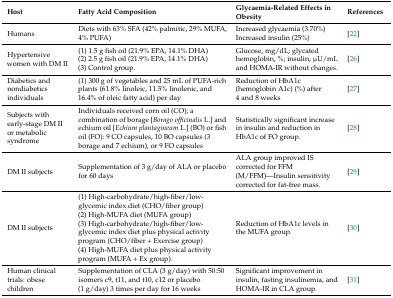
<table><thead><tr><td><b>Host</b></td><td><b>Fatty Acid Composition</b></td><td><b>Glycaemia-Related Effects in Obesity</b></td><td><b>References</b></td></tr></thead><tbody><tr><td>Humans</td><td>Diets with 63% SFA (42% palmitic, 29% MUFA, 4% PUFA)</td><td>Increased glycaemia (3.70%)Increased insulin (25%)</td><td>[22]</td></tr><tr><td>Hypertensive women with DM II</td><td>(1) 1.5 g fish oil (21.9% EPA, 14.1% DHA)(2) 2.5 g fish oil (21.9% EPA, 14.1% DHA)(3) Control group.</td><td>Glucose, mg/dL; glycated hemoglobin, %; insulin, μU/mL and HOMA-IR without changes.</td><td>[26]</td></tr><tr><td>Diabetics and nondiabetics individuals</td><td>(1) 300 g of vegetables and 25 mL of PUFA-rich plants (61.8% linoleic, 11.5% linolenic, and 16.4% of oleic fatty acid) per day</td><td>Reduction of HbA1c (hemoglobin A1c) (%) after 4 and 8 weeks</td><td>[27]</td></tr><tr><td>Subjects with early-stage DM II or metabolic syndrome</td><td>Individuals received corn oil (CO); a combination of borage [<i>Borago officinalis</i> L.] and echium oil [<i>Echium plantagineum</i> L.] (BO) or fish oil (FO): 9 CO capsules, 10 BO capsules (3 borage and 7 echium), or 9 FO capsules</td><td>Statistically significant increase in insulin and reduction in HbA1c of FO group.</td><td>[28]</td></tr><tr><td>DM II subjects</td><td>Supplementation of 3 g/day of ALA or placebo for 60 days</td><td>ALA group improved IS corrected for FFM (M/FFM)—Insulin sensitivity corrected for fat-free mass.</td><td>[29]</td></tr><tr><td>DM II subjects</td><td>(1) High-carbohydrate/high-fiber/low-glycemic index diet (CHO/fiber group) (2) High-MUFA diet (MUFA group)(3) High-carbohydrate/high-fiber/low-glycemic index diet plus physical activity program (CHO/fiber + Exercise group)(4) High-MUFA diet plus physical activity program (MUFA + Ex group).</td><td>Reduction of HbA1c levels in the MUFA group.</td><td>[30]</td></tr><tr><td>Human clinical trials: obese children</td><td>Supplementation of CLA (3 g/day) with 50:50 isomers c9, t11, and t10, c12 or placebo (1 g/day) 3 times per day for 16 weeks</td><td>Significant improvement in insulin, fasting insulinemia, and HOMA-IR in CLA group. </td><td>[31]</td></tr></tbody></table>